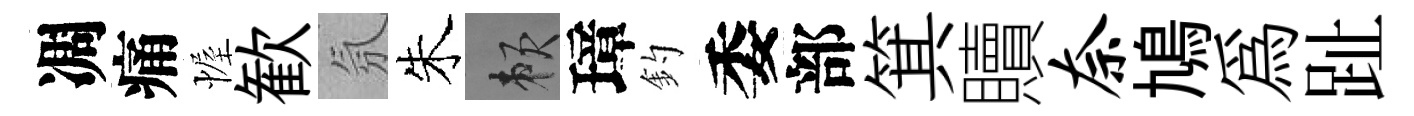
凋痛幄歓氛朱賴璋釣委部箕贖奈鳩爲趾